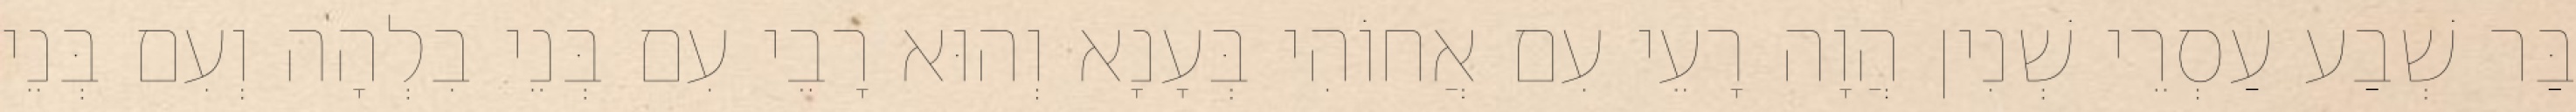
בַּר שְׁבַע עַסְרֵי שְׁנִין הֲוָה רָעֵי עִם אֲחוֹהִי בְּעָנָא וְהוּא רָבֵי עִם בְּנֵי בִלְהָה וְעִם בְּנֵי